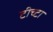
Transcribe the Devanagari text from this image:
टीच्टा